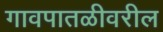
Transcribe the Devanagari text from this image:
गावपातळीवरील